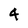
Character: 4